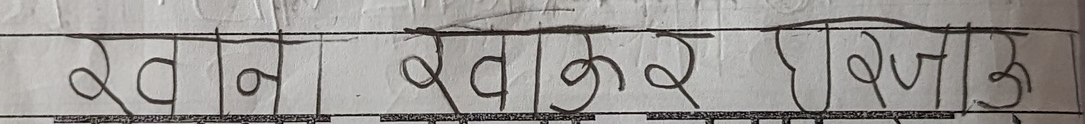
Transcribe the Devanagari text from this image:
खाने, खाकुर, ऐण्डाके